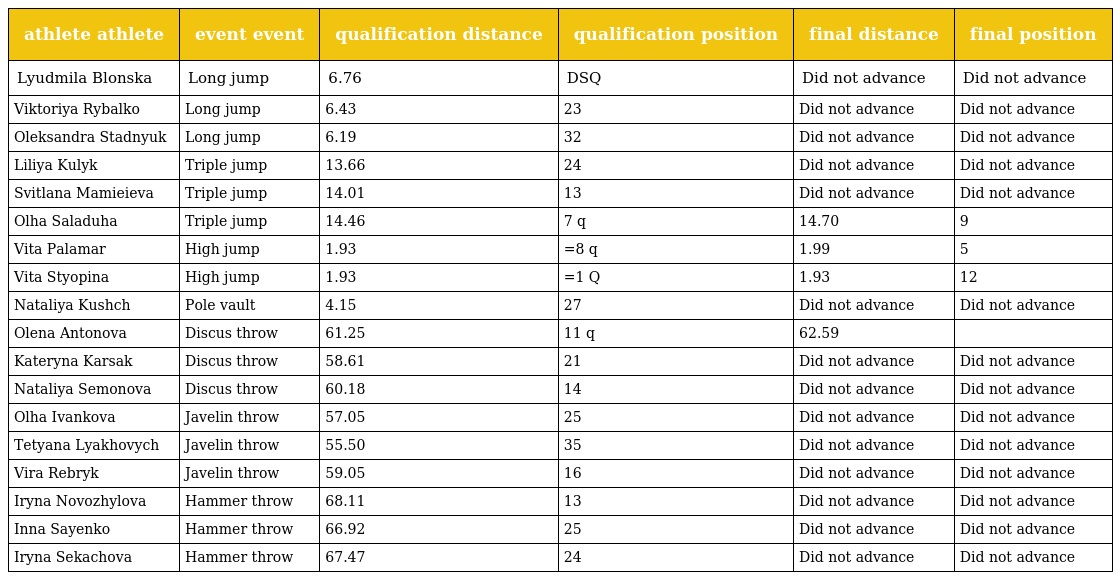
| athlete athlete | event event | qualification distance | qualification position | final distance | final position |
 | --- | --- | --- | --- | --- | --- |
 | Lyudmila Blonska | Long jump | 6.76 | DSQ | Did not advance | Did not advance |
 | Viktoriya Rybalko | Long jump | 6.43 | 23 | Did not advance | Did not advance |
 | Oleksandra Stadnyuk | Long jump | 6.19 | 32 | Did not advance | Did not advance |
 | Liliya Kulyk | Triple jump | 13.66 | 24 | Did not advance | Did not advance |
 | Svitlana Mamieieva | Triple jump | 14.01 | 13 | Did not advance | Did not advance |
 | Olha Saladuha | Triple jump | 14.46 | 7 q | 14.70 | 9 |
 | Vita Palamar | High jump | 1.93 | =8 q | 1.99 | 5 |
 | Vita Styopina | High jump | 1.93 | =1 Q | 1.93 | 12 |
 | Nataliya Kushch | Pole vault | 4.15 | 27 | Did not advance | Did not advance |
 | Olena Antonova | Discus throw | 61.25 | 11 q | 62.59 |  |
 | Kateryna Karsak | Discus throw | 58.61 | 21 | Did not advance | Did not advance |
 | Nataliya Semonova | Discus throw | 60.18 | 14 | Did not advance | Did not advance |
 | Olha Ivankova | Javelin throw | 57.05 | 25 | Did not advance | Did not advance |
 | Tetyana Lyakhovych | Javelin throw | 55.50 | 35 | Did not advance | Did not advance |
 | Vira Rebryk | Javelin throw | 59.05 | 16 | Did not advance | Did not advance |
 | Iryna Novozhylova | Hammer throw | 68.11 | 13 | Did not advance | Did not advance |
 | Inna Sayenko | Hammer throw | 66.92 | 25 | Did not advance | Did not advance |
 | Iryna Sekachova | Hammer throw | 67.47 | 24 | Did not advance | Did not advance |